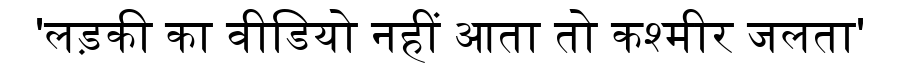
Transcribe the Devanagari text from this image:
'लड़की का वीडियो नहीं आता तो कश्मीर जलता'